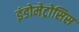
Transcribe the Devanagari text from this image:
इंडोमेट्रोसिस